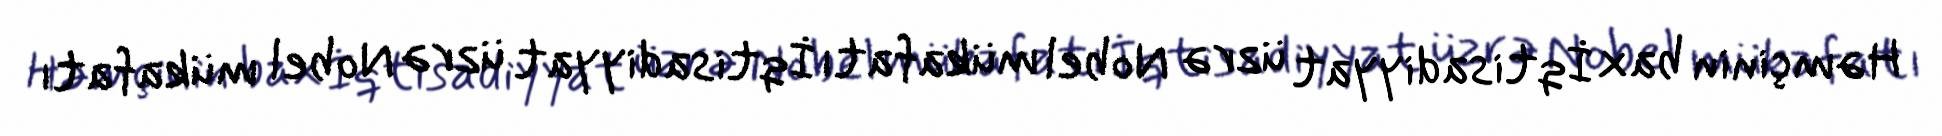
Həmçinin bax İqtisadiyyat üzrə Nobel mükafatı İqtisadiyyat üzrə Nobel mükafatı